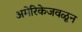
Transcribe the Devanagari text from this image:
अमेरिकेजवळून